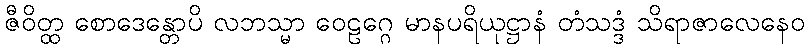
ဇီဝိတ္ထ စောဒေန္တောပိ လဘသ္မာ ဝေဠဂ္ဂေ မာနပရိယုဋ္ဌာနံ တံသဒ္ဒံ သိရာဇာလေနေဝ